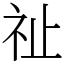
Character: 祉